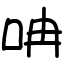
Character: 呥